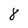
Character: 8